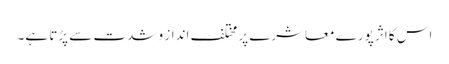
اس کا اثر پورے معاشرے پر مختلف انداز و شدت سے پڑتا ہے۔